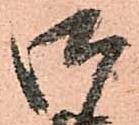
御